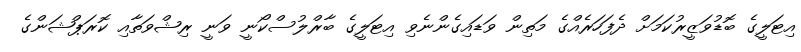
އިޓަލީގެ ބޮޑުވަޒީރުކަމަށް ދެފަހަރެއްގެ މަތިން ވަޑައިގެންނެވި އިޓަލީގެ ބާރްލުސްކޯނީ ވަނީ ރިޝްވަތާއި ކޮރަޕްޝަންގެ